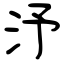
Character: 汿